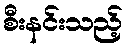
စီးနင်းသည့်